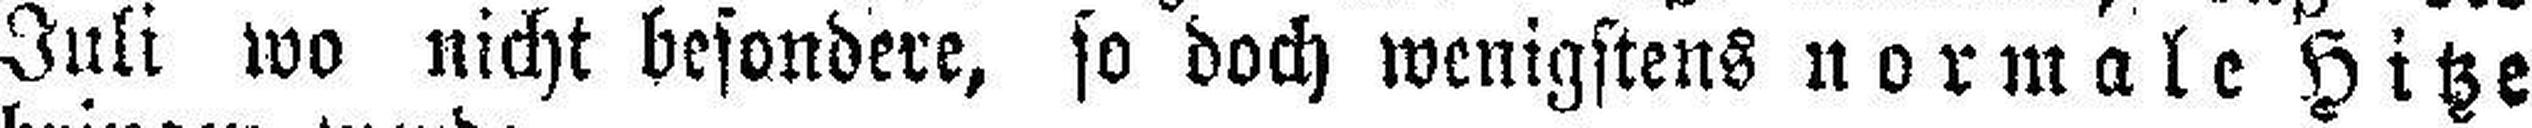
Juli wo nicht besondere, so doch wenigstens normale Hitze